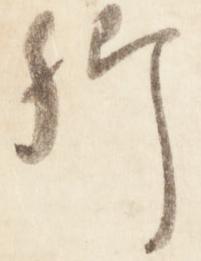
卿